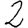
Digit: 2